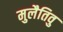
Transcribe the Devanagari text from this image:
मुलैतिवु